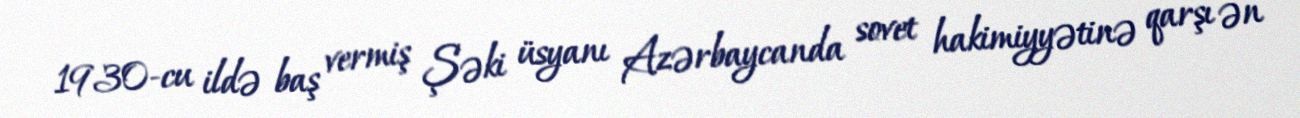
1930-cu ildə baş vermiş Şəki üsyanı Azərbaycanda sovet hakimiyyətinə qarşı ən